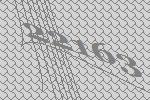
22163